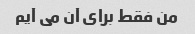
من فقط برای آن می آیم